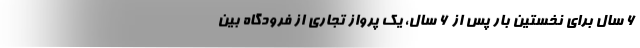
۶ سال برای نخستین بار پس از ۶ سال، یک پرواز تجاری از فرودگاه بین